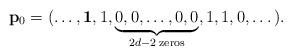
LaTeX: \begin{align*} {\bf p}_0 = ( \dots, {\bf{1}}, 1, \underbrace{0, 0, \dots , 0, 0}_{2d-2 \;\textrm{zeros}}, 1, 1, 0, \dots ).\end{align*}